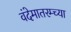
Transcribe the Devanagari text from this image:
वंदेमातरम्च्या